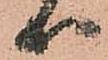
等